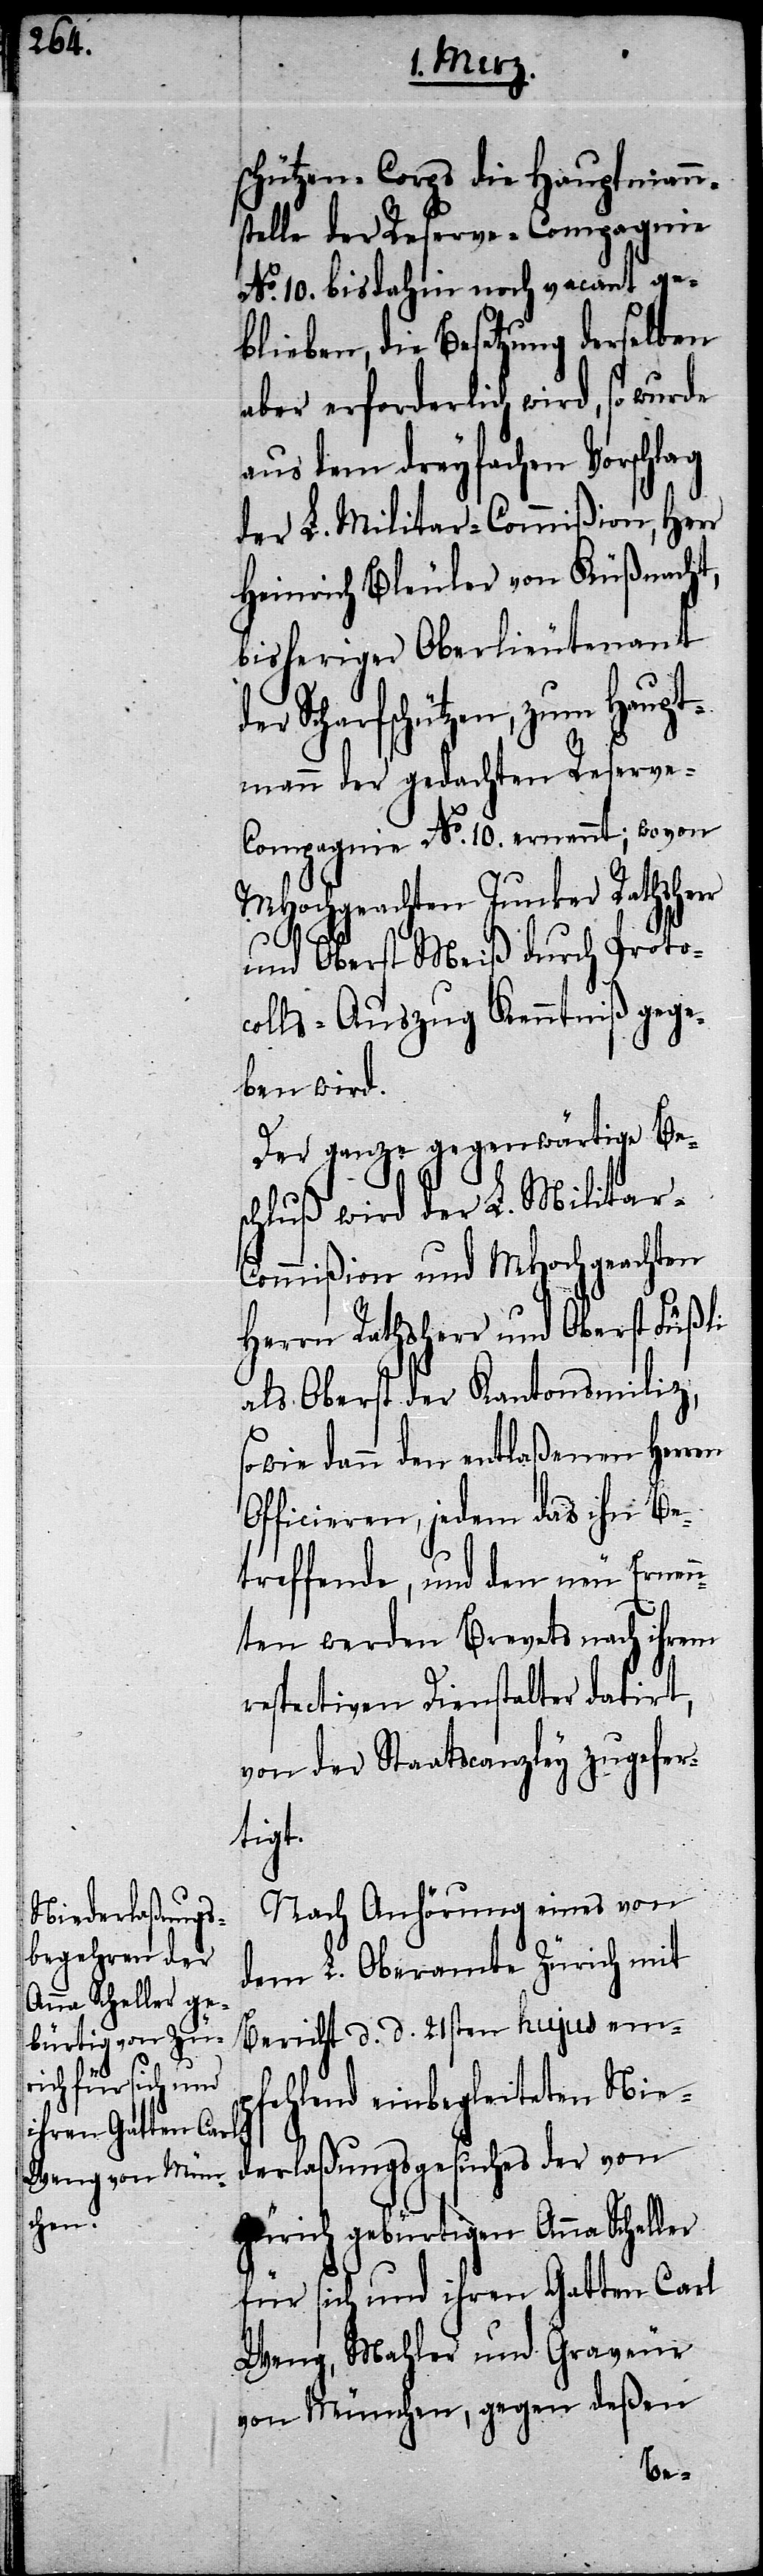
schützen-Corps die Hauptmann¬
stelle der Reserve-Compagnie
No. 10. bisdahin noch vacant ge¬
blieben, die Besetzung derselben
aber erforderlich wird, so wurde
aus dem dreyfachen Vorschlag
der L. Militar-Commißion, Herr
Heinrich Bleuler von Küßnacht,
bisheriger Oberlieutenant
Scharfschützen, zum Haupt¬
mann der gedachten Reserv¬
e-Compagnie No. 10. ernennt; wovon
MHochgeachten Junker Rathshe¬
und Oberst Meiß durch Proto¬
colls-Auszug Kenntniß gege¬
ben wird.
Der ganze gegenwärtige Bes¬
chluß wird der L. Militar-C¬
ommißion und MHochgeachten
Herrn Rathsherr und Oberst Füßli
als Oberst der Kantonsmiliz,
sowie dann den entlaßenen Herren
Officieren, jedem das ihn Be¬
treffende, und den neu Ernen¬
nten werden Brevets nach ihrem
respectiven Dienstalter datirt,
von der Staatscanzley zugefer¬
tigt.
Nach Anhörung eines von
dem L. Oberamte Zürich mit
Bericht d. d. 21sten hujus emp¬
fehlend einbegleiteten Nie¬
derlaßungsgesuches der von
Zürich gebürtigen Anna Scheller
für sich und ihren Gatten Carl
Weng, Mahler und Graveur
von München, gegen deßen
rr